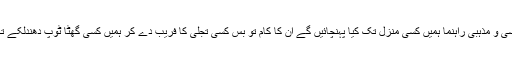
ہمارے یہ سبھی سیاسی و مذہبی راہنما ہمیں کسی منزل تک کیا پہنچائیں گے ان کا کام تو بس کسی تجلی کا فریب دے کر ہمیں کسی گھٹا ٹوپ دھندلکے تک پہنچا دینا ہی ہے۔